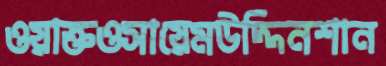
ওয়াক্তওসায়েমউদ্দিনশান